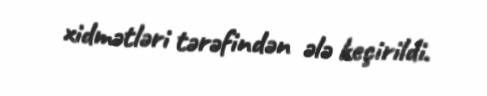
xidmətləri tərəfindən ələ keçirildi.